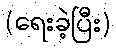
(ရေးခဲ့ပြီး)